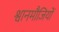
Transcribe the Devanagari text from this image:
श्वानमौजियों